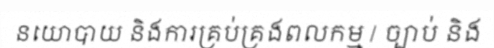
នយោបាយ និងការគ្រប់គ្រងពលកម្ម / ច្បាប់ និង